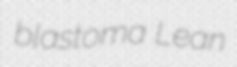
blastoma Lean